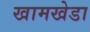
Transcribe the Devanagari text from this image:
खामखेडा